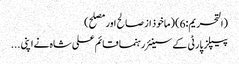
(التحریم:6) (ماخوذ از صالح اور مصلح)
پیپلز پارٹی کے سینئر رہنما قائم علی شاہ نے اپنی ...